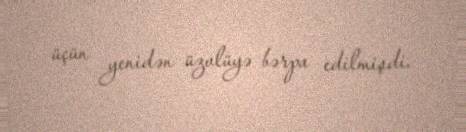
üçün yenidən üzvlüyə bərpa edilmişdi.